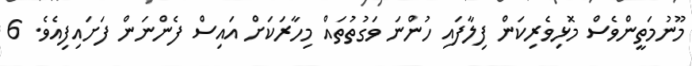
މޫނުމަތީންވެސް މޮޅިވެރިކަން ފިލާފައި ހުންނަ ވަގުތުތައް މިހާރަކަށް އައިސް ފެންނަން ފަށައިފިއެވެ. 6